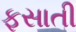
ફસાતી